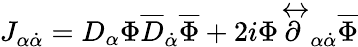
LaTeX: J_{\alpha\dot{\alpha}}=D_{\alpha}\Phi\overline{{{D}}}_{\dot{\alpha}}\overline{{{\Phi}}}+2i\Phi{\stackrel{\leftrightarrow}{\partial}}_{\alpha\dot{\alpha}}\overline{{{\Phi}}}